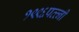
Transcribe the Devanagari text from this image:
१९९६पत्त्नी